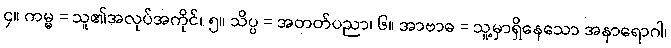
၄။ ကမ္မ = သူ၏အလုပ်အကိုင်၊ ၅။ သိပ္ပ = အတတ်ပညာ၊ ၆။ အာဗာဓ = သူ့မှာရှိနေသော အနာရောဂါ၊